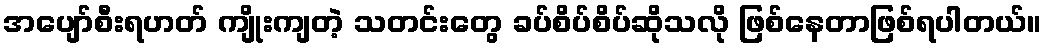
အပျော်စီးရဟတ် ကျိုးကျတဲ့ သတင်းတွေ ခပ်စိပ်စိပ်ဆိုသလို ဖြစ်နေတာဖြစ်ရပါတယ်။